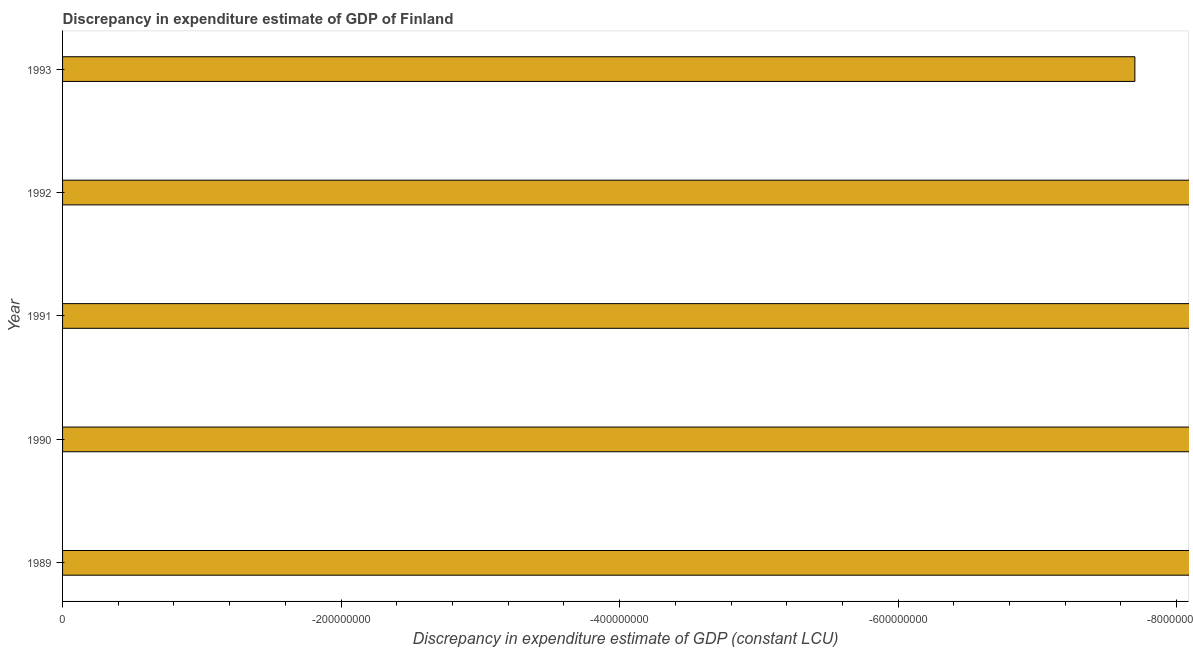
| Year | Discrepancy constant LCU |
 | --- | --- |
 | 1989 | -4.8e+09 |
 | 1990 | -3.14e+09 |
 | 1991 | -2.94e+09 |
 | 1992 | -1.88e+09 |
 | 1993 | -7.7e+08 |